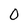
Character: O